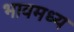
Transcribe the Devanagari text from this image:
भावमध्य